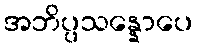
အဘိပ္ပသန္နောပေ